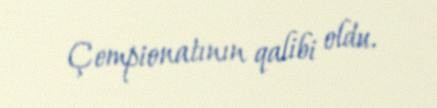
Çempionatının qalibi oldu.